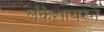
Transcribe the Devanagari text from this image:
लँकेशायरने